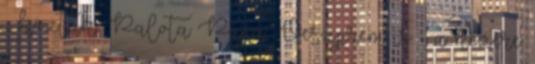
– köztük Palota Pápa, Veszprém is – a kezére